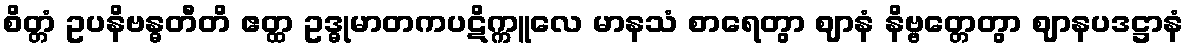
စိတ္တံ ဥပနိဗန္ဓတီတိ ဧတ္ထ ဥဒ္ဓုမာတကပဋိက္ကူလေ မာနသံ စာရေတွာ ဈာနံ နိဗ္ဗတ္တေတွာ ဈာနပဒဋ္ဌာနံ